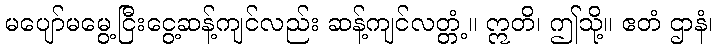
မပျော်မမွေ့ငြီးငွေ့ဆန့်ကျင်လည်း ဆန့်ကျင်လတ္တံ့။ ဣတိ၊ ဤသို့။ ဧတံ ဌာနံ၊